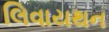
લિવાયથન